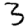
Digit: 3